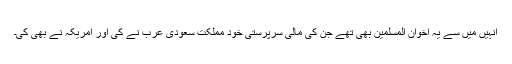
انہیں میں سے یہ اخوان المسلمین بهى تهے جن کى مالى سرپرستى خود مملکت سعودى عرب نے کى اور امریکہ نے بهى کى۔